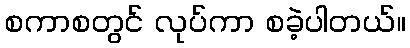
စကာစတွင် လုပ်ကာ စခဲ့ပါတယ်။